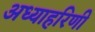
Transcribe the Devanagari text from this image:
अध्याहरिणी